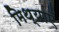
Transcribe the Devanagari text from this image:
मिथ्याएँ